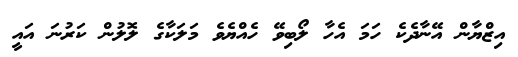
އިޒްޔާން އޭނާދެކެ ހަމަ އެހާ ލޯބިވޭ ހެއްޔެވެ މަލަކާގެ ލޮލުން ކަރުނަ އައީ